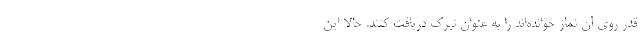
قدر روی آن نماز خوانده‌اند را به عنوان تبرک دریافت کنند. حالا این